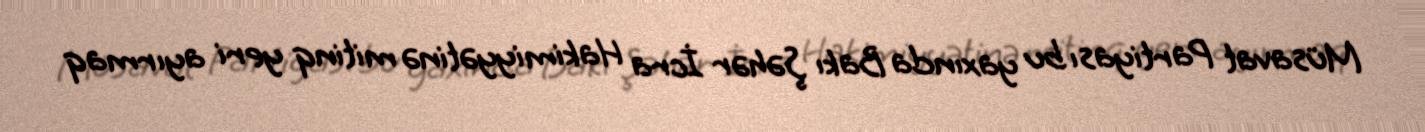
Müsavat Partiyası bu yaxında Bakı Şəhər İcra Hakimiyyətinə mitinq yeri ayırmaq